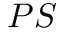
P S